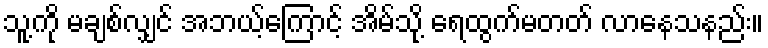
သူ့ကို မချစ်လျှင် အဘယ့်ကြောင့် အိမ်သို့ ရေထွက်မတတ် လာနေသနည်း။